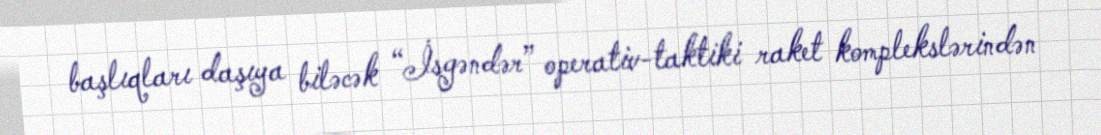
başlıqları daşıya biləcək “İsgəndər” operativ-taktiki raket komplekslərindən